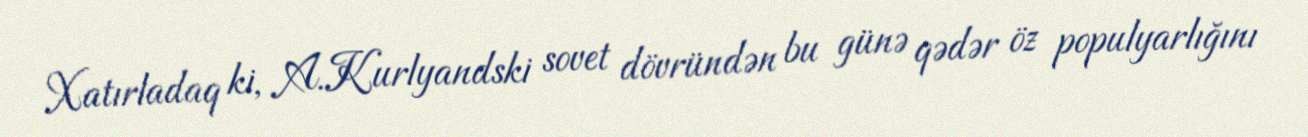
Xatırladaq ki, A.Kurlyandski sovet dövründən bu günə qədər öz populyarlığını